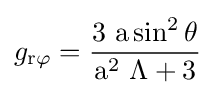
g_{\rm {r\varphi }}={\rm {\frac {3\ a\sin ^{2}\theta }{a^{2}\ \Lambda +3}}}